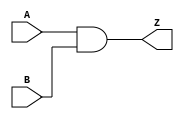
module AND2 ( A, B, Z );
    input A;
    input B;
    output Z;
    assign Z = A & B;
endmodule

module NOR2 ( A, B, ZN );
    input A;
    input B;
    output ZN;
    assign ZN = ~(A|B);
endmodule

module XOR2 ( A, B, Z );
    input A;
    input B;
    output Z;
    assign Z = A^B;
endmodule

module INV ( A, ZN );
    input A;
    output ZN;
    assign ZN = ~A;
endmodule